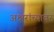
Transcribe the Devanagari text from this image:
अक्षरांच्यावर